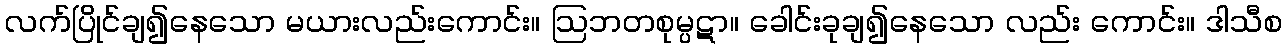
လက်ပြိုင်ချ၍နေသော မယားလည်းကောင်း။ ဩဘတစုမ္ပဋာ။ ခေါင်းခုချ၍နေသော လည်း ကောင်း။ ဒါသီစ